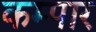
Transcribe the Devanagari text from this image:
कम्पार